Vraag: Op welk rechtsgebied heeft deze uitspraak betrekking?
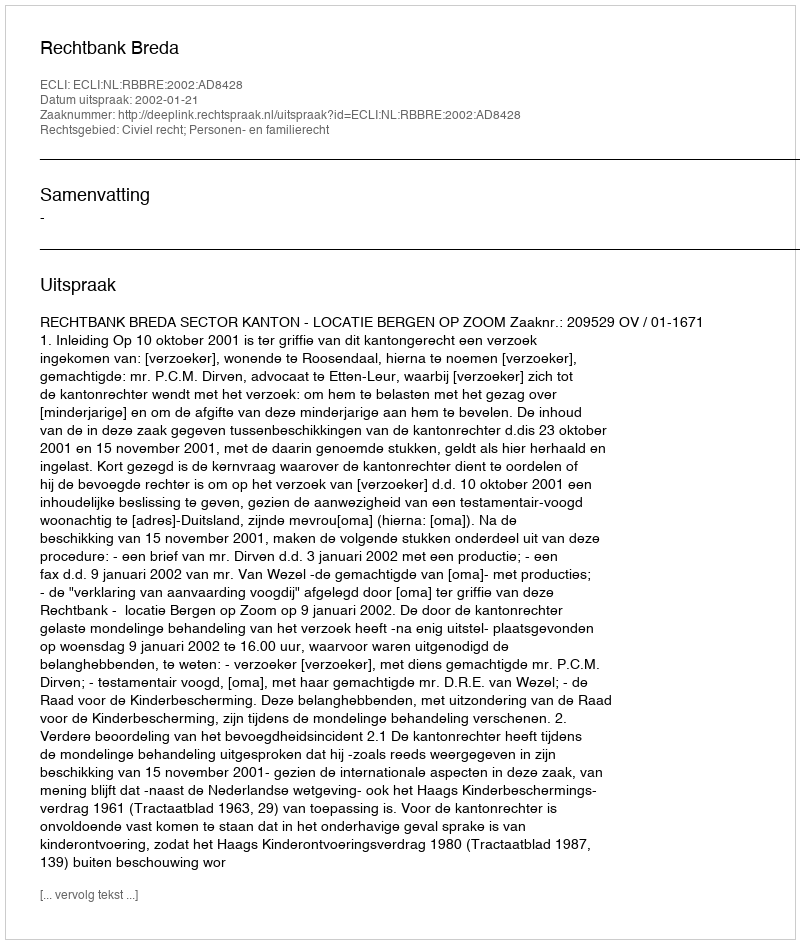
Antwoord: Civiel recht; Personen- en familierecht